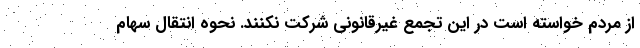
از مردم خواسته است در این تجمع غیرقانونی شرکت نکنند. نحوه انتقال سهام